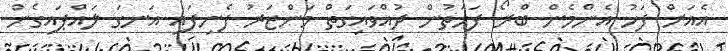
އެއަށް ފަހު އެންމެން ބްރޯ ފަހަތުން ދުއްވައިގަތް މަންޒަރު ފެނިފައި އަނގަ ލައްޕައިގެން